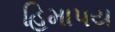
હિમાપય